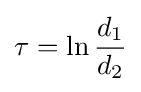
\tau =\ln {\frac {d_{1}}{d_{2}}}